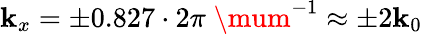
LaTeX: \mathbf{k}_{x}=\pm0.827\cdot2\pi\; \mum^{-1}\approx\pm2\mathbf{k}_{0}